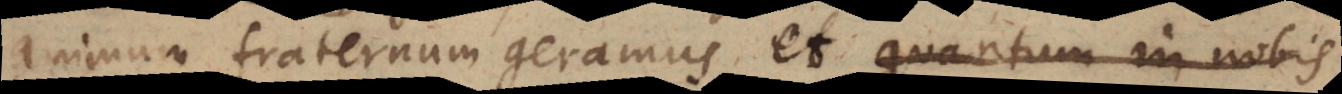
animum fraternum geramus, et quantum in nobis